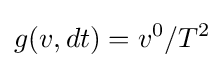
g(v,dt)=v^{0}/T^{2}